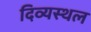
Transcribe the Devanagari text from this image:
दिव्यस्थल